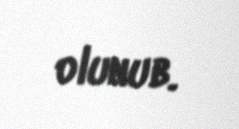
olunub.